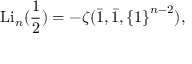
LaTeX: \operatorname { L i } _ { n } ( { \frac { 1 } { 2 } } ) = - \zeta ( { \bar { 1 } } , { \bar { 1 } } , \left\{ 1 \right\} ^ { n - 2 } ) ,